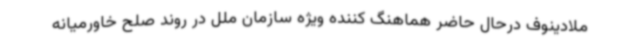
ملادینوف درحال حاضر هماهنگ کننده ویژه سازمان ملل در روند صلح خاورمیانه